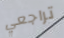
تراجعي